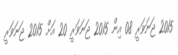
2015 ޖަނަވަރީ 08 އިން 2015 ޖަނަވަރީ 20 އަށް 2015 ޖަނަވަރީ